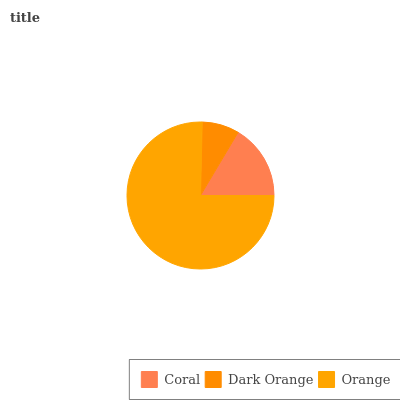
| Coral | Dark Orange | Orange |
 | --- | --- | --- |
 | 16.4% | 8.18% | 75.4% |